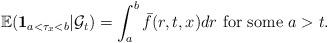
LaTeX: \begin{align*} \mathbb{E}({\bf 1}_{a<\tau_{x}<b}{|\mathcal{G}_{t}})=\int_{a}^{b}\bar{f}(r,t,x)dr \mbox{ for some } a>t.\end{align*}